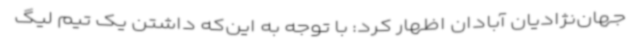
جهان‌نژادیان آبادان اظهار کرد: با توجه به این‌که داشتن یک تیم لیگ